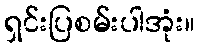
ရှင်းပြစမ်းပါအုံး။